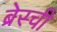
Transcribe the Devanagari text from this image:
ब्रेस्ची